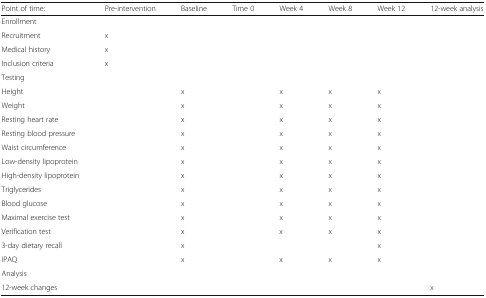
<table><thead><tr><td><b>Point of time:</b></td><td><b>Pre-intervention</b></td><td><b>Baseline</b></td><td><b>Time 0</b></td><td><b>Week 4</b></td><td><b>Week 8</b></td><td><b>Week 12</b></td><td><b>12-week analysis</b></td></tr></thead><tbody><tr><td colspan="8">Enrollment</td></tr><tr><td>Recruitment</td><td>x</td><td></td><td></td><td></td><td></td><td></td><td></td></tr><tr><td>Medical history</td><td>x</td><td></td><td></td><td></td><td></td><td></td><td></td></tr><tr><td>Inclusion criteria</td><td>x</td><td></td><td></td><td></td><td></td><td></td><td></td></tr><tr><td colspan="8">Testing</td></tr><tr><td>Height</td><td></td><td>x</td><td></td><td>x</td><td>x</td><td>x</td><td></td></tr><tr><td>Weight</td><td></td><td>x</td><td></td><td>x</td><td>x</td><td>x</td><td></td></tr><tr><td>Resting heart rate</td><td></td><td>x</td><td></td><td>x</td><td>x</td><td>x</td><td></td></tr><tr><td>Resting blood pressure</td><td></td><td>x</td><td></td><td>x</td><td>x</td><td>x</td><td></td></tr><tr><td>Waist circumference</td><td></td><td>x</td><td></td><td>x</td><td>x</td><td>x</td><td></td></tr><tr><td>Low-density lipoprotein</td><td></td><td>x</td><td></td><td>x</td><td>x</td><td>x</td><td></td></tr><tr><td>High-density lipoprotein</td><td></td><td>x</td><td></td><td>x</td><td>x</td><td>x</td><td></td></tr><tr><td>Triglycerides</td><td></td><td>x</td><td></td><td>x</td><td>x</td><td>x</td><td></td></tr><tr><td>Blood glucose</td><td></td><td>x</td><td></td><td>x</td><td>x</td><td>x</td><td></td></tr><tr><td>Maximal exercise test</td><td></td><td>x</td><td></td><td>x</td><td>x</td><td>x</td><td></td></tr><tr><td>Verification test</td><td></td><td>x</td><td></td><td>x</td><td>x</td><td>x</td><td></td></tr><tr><td>3-day dietary recall</td><td></td><td>x</td><td></td><td></td><td></td><td>x</td><td></td></tr><tr><td>IPAQ</td><td></td><td>x</td><td></td><td>x</td><td>x</td><td>x</td><td></td></tr><tr><td colspan="8">Analysis</td></tr><tr><td>12-week changes</td><td></td><td></td><td></td><td></td><td></td><td></td><td>x</td></tr></tbody></table>